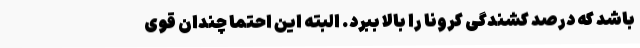
باشد که درصد کشندگی کرونا را بالا ببرد. البته این احتما چندان قوی